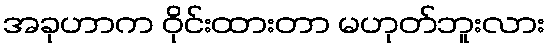
အခုဟာက ဝိုင်းထားတာ မဟုတ်ဘူးလား